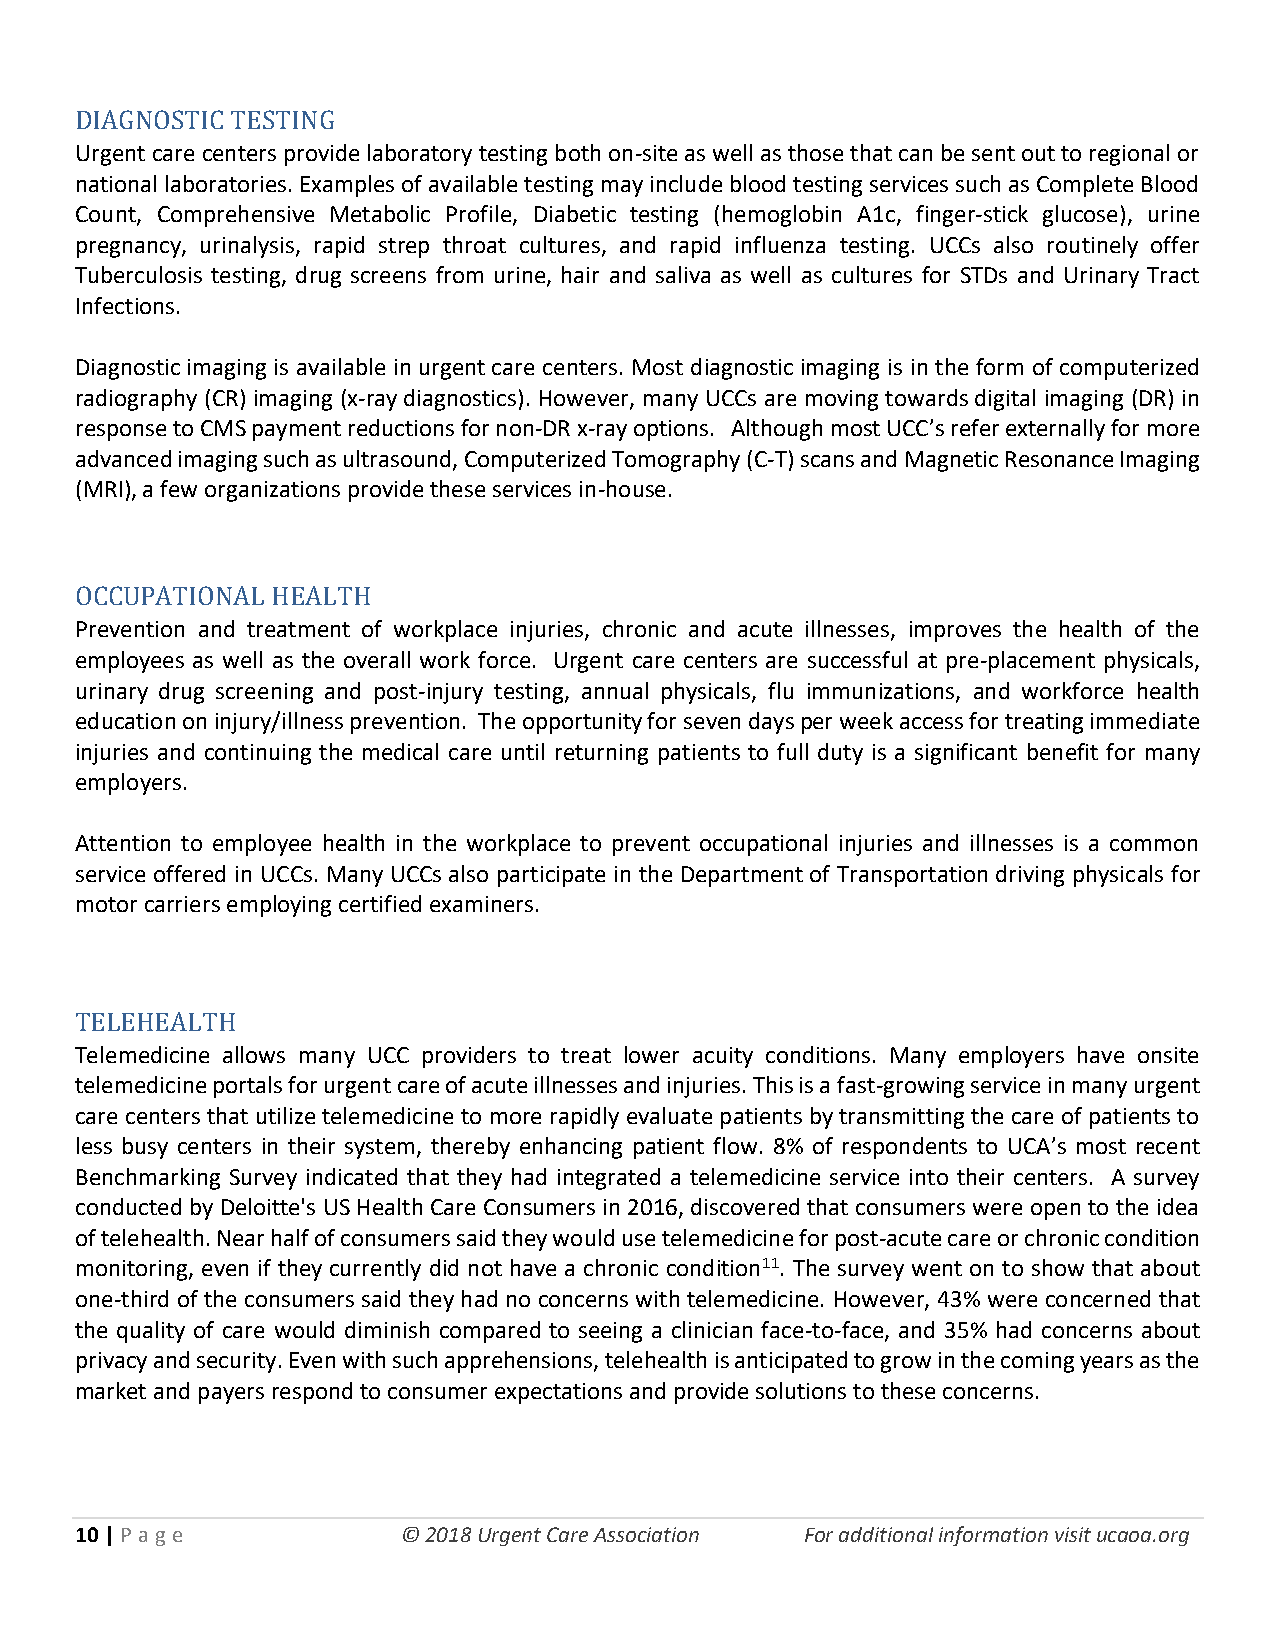
DIAGNOSTIC TESTING
 Urgent care centers provide laboratory testing both on-site as well as those that can be sent out to regional or
 national laboratories. Examples of available testing may include blood testing services such as Complete Blood
 Count, Comprehensive Metabolic Profile, Diabetic testing (hemoglobin A1c, finger-stick glucose), urine
 pregnancy, urinalysis, rapid strep throat cultures, and rapid influenza testing. UCCs also routinely offer
 Tuberculosis testing, drug screens from urine, hair and saliva as well as cultures for STDs and Urinary Tract
 Infections.
 Diagnostic imaging is available in urgent care centers. Most diagnostic imaging is in the form of computerized
 radiography (CR) imaging (x-ray diagnostics). However, many UCCs are moving towards digital imaging (DR) in
 response to CMS payment reductions for non-DR x-ray options. Although most UCC’s refer externally for more
 advanced imaging such as ultrasound, Computerized Tomography (C-T) scans and Magnetic Resonance Imaging
 (MRI), a few organizations provide these services in-house.
 OCCUPATIONAL HEALTH
 Prevention and treatment of workplace injuries, chronic and acute illnesses, improves the health of the
 employees as well as the overall work force. Urgent care centers are successful at pre-placement physicals,
 urinary drug screening and post-injury testing, annual physicals, flu immunizations, and workforce health
 education on injury/illness prevention. The opportunity for seven days per week access for treating immediate
 injuries and continuing the medical care until returning patients to full duty is a significant benefit for many
 employers.
 Attention to employee health in the workplace to prevent occupational injuries and illnesses is a common
 service offered in UCCs. Many UCCs also participate in the Department of Transportation driving physicals for
 motor carriers employing certified examiners.
 TELEHEALTH
 Telemedicine allows many UCC providers to treat lower acuity conditions. Many employers have onsite
 telemedicine portals for urgent care of acute illnesses and injuries. This is a fast-growing service in many urgent
 care centers that utilize telemedicine to more rapidly evaluate patients by transmitting the care of patients to
 less busy centers in their system, thereby enhancing patient flow. 8% of respondents to UCA’s most recent
 Benchmarking Survey indicated that they had integrated a telemedicine service into their centers. A survey
 conducted by Deloitte's US Health Care Consumers in 2016, discovered that consumers were open to the idea
 of telehealth. Near half of consumers said they would use telemedicine for post-acute care or chronic condition
 monitoring, even if they currently did not have a chronic condition11. The survey went on to show that about
 one-third of the consumers said they had no concerns with telemedicine. However, 43% were concerned that
 the quality of care would diminish compared to seeing a clinician face-to-face, and 35% had concerns about
 privacy and security. Even with such apprehensions, telehealth is anticipated to grow in the coming years as the
 market and payers respond to consumer expectations and provide solutions to these concerns.
 10 | P age            © 2018 Urgent Care Association For additional information visit ucaoa.org